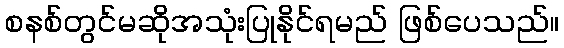
စနစ်တွင်မဆိုအသုံးပြုနိုင်ရမည် ဖြစ်ပေသည်။